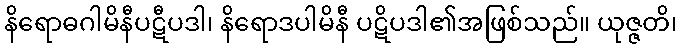
နိရောဓဂါမိနီပဋီပဒါ၊ နိရောဒပါမိနီ ပဋိပဒါ၏အဖြစ်သည်။ ယုဇ္ဇတိ၊